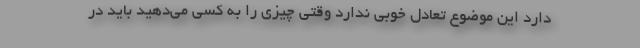
دارد این موضوع تعادل خوبی ندارد وقتی چیزی را به کسی می‌دهید باید در